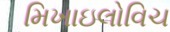
મિખાઇલોવિચ